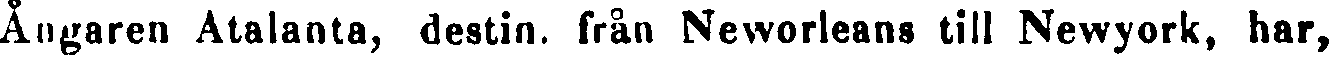
Ångaren Atalanta, destin. från Neworleans till Newyork, har,